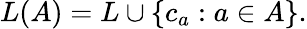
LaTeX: L(A)=L\cup\{ c_{a}:a\in A\} .